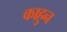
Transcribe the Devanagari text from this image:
काहुन